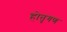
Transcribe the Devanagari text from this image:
होतृगण